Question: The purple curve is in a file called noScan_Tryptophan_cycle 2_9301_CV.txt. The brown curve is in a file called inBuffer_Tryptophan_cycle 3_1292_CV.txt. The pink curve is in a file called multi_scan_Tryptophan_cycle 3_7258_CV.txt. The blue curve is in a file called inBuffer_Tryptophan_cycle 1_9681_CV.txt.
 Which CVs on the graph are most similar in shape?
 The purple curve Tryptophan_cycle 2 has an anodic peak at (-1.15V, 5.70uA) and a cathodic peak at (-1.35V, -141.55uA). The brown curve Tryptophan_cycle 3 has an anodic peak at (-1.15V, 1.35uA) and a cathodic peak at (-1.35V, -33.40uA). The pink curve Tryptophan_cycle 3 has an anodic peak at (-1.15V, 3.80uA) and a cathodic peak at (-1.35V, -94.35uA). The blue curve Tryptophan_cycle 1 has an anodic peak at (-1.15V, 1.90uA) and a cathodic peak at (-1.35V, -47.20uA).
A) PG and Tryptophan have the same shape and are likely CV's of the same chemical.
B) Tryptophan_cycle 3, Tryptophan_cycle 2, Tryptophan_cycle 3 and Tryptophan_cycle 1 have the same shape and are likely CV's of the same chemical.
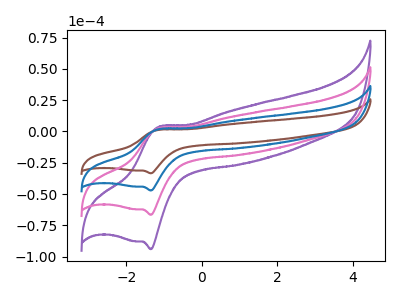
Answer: <think>All the peaks in "Tryptophan_cycle 2" have a peak in "Tryptophan_cycle 3" at the same potential. Every peak in "Tryptophan_cycle 2" is higher than every peak in "Tryptophan_cycle 3". All the peaks in "Tryptophan_cycle 2" have a peak in "Tryptophan_cycle 3" at the same potential. Every peak in "Tryptophan_cycle 2" is higher than every peak in "Tryptophan_cycle 3". All the peaks in "Tryptophan_cycle 2" have a peak in "Tryptophan_cycle 1" at the same potential. Every peak in "Tryptophan_cycle 2" is higher than every peak in "Tryptophan_cycle 1". All the peaks in "Tryptophan_cycle 3" have a peak in "Tryptophan_cycle 3" at the same potential. Every peak in "Tryptophan_cycle 3" is lower than every peak in "Tryptophan_cycle 3". All the peaks in "Tryptophan_cycle 3" have a peak in "Tryptophan_cycle 1" at the same potential. Every peak in "Tryptophan_cycle 3" is lower than every peak in "Tryptophan_cycle 1". All the peaks in "Tryptophan_cycle 3" have a peak in "Tryptophan_cycle 1" at the same potential. Every peak in "Tryptophan_cycle 3" is higher than every peak in "Tryptophan_cycle 1".
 </think>
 <answer>B) "Tryptophan_cycle 3", "Tryptophan_cycle 2", "Tryptophan_cycle 3" and "Tryptophan_cycle 1" have the same shape and are likely CV's of the same chemical.</answer>
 <eval>B</eval>